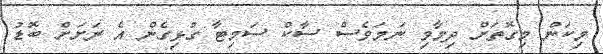
މިކަން މިގޮތަށް ދިމާވި ނަމަވެސް ސާކް ސަމިޓާ ގުޅިގެން އެ ރަށަށް ބޮޑު